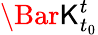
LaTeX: \Bar{{\mathsf{K}}_{t_{0}}^{t}}